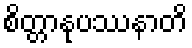
စိတ္တာနုပဿနာတိ